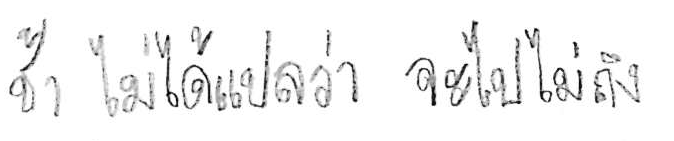
ช้า ไม่ได้แปลว่า จะไปไม่ถึง